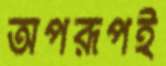
অপরূপই